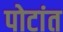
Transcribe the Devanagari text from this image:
पोटांत